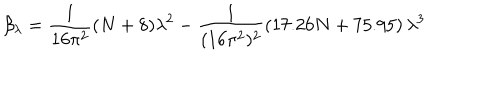
\beta _ { \lambda } = \frac { 1 } { 1 6 \pi ^ { 2 } } ( N + 8 ) \lambda ^ { 2 } - \frac { 1 } { ( 1 6 \pi ^ { 2 } ) ^ { 2 } } \left( 1 7 . 2 6 N + 7 5 . 9 5 \right) \lambda ^ { 3 }